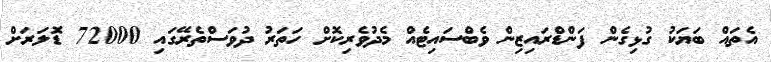
އެތައް ބަޔަކު ގުޅިގެން ފަންޑްރައިޒިން ވެބްސައިޓެއް މެދުުވެރިކޮށް ހަތަރު ދުވަސްތެރޭގައި 72000 ޑޮލަރަށް